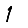
Digit: 1